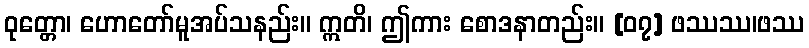
ဝုတ္တော၊ ဟောတော်မူအပ်သနည်း။ ဣတိ၊ ဤကား စောဒနာတည်း။ [၀၇] ဖဿဿ၊ဖဿ